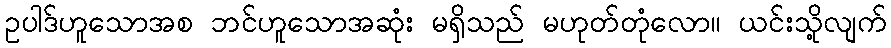
ဥပါဒ်ဟူသောအစ ဘင်ဟူသောအဆုံး မရှိသည် မဟုတ်တုံလော။ ယင်းသို့လျက်